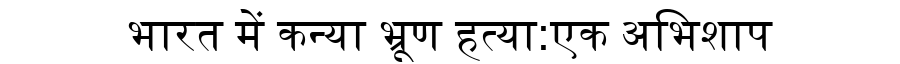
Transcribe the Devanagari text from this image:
भारत में कन्या भ्रूण हत्या:एक अभिशाप